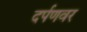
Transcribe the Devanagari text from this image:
दर्पणवर